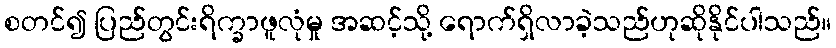
စတင်၍ ပြည်တွင်းရိက္ခာဖူလုံမှု အဆင့်သို့ ရောက်ရှိလာခဲ့သည်ဟုဆိုနိုင်ပါသည်။